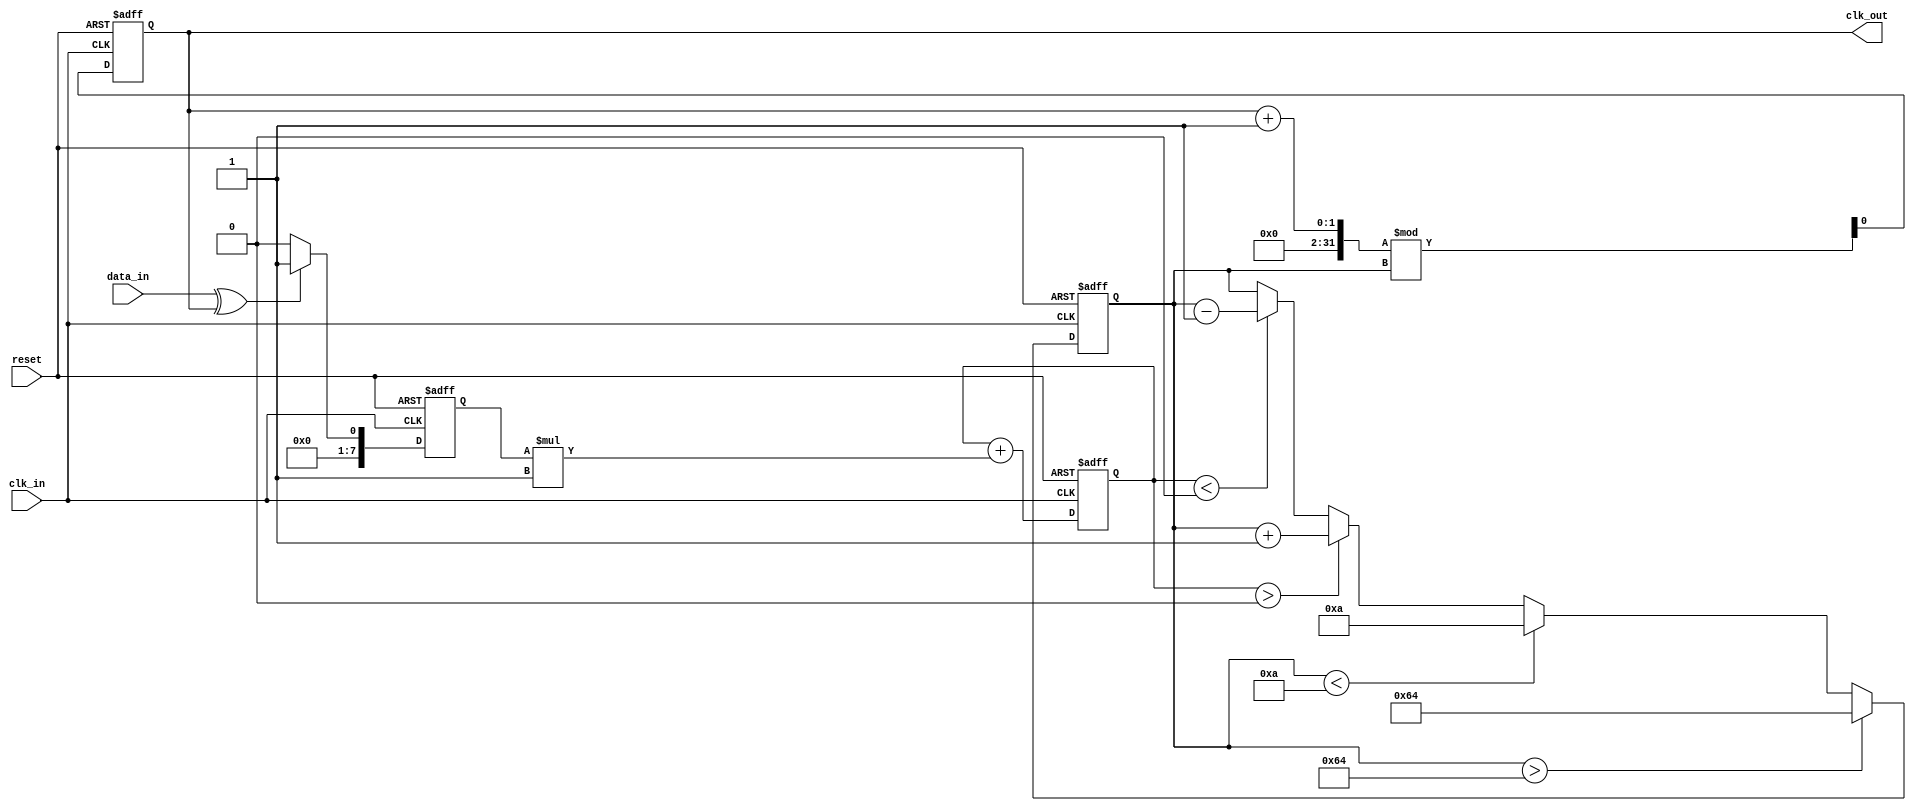
module clock_recovery_pll (
    input wire clk_in,          // Incoming data clock
    input wire data_in,         // Incoming data signal
    input wire reset,           // Asynchronous reset
    output reg clk_out          // Output clock signal
);

    // Parameters for the PLL
    parameter integer VCO_MAX_FREQ = 100; // Max frequency for VCO
    parameter integer VCO_MIN_FREQ = 10;   // Min frequency for VCO
    parameter integer LOOP_FILTER_GAIN = 1; // Gain for loop filter

    // Internal signals
    reg [7:0] phase_error;       // Phase error signal
    reg [7:0] control_voltage;    // Control voltage for VCO
    reg [7:0] vco_frequency;      // Current frequency of VCO
    reg [7:0] loop_filter_output; // Output of the loop filter

    // Phase Detector (PD)
    always @(posedge clk_in or posedge reset) begin
        if (reset) begin
            phase_error <= 0;
        end else begin
            // Simple XOR phase detector
            phase_error <= (data_in ^ clk_out) ? 1 : 0;
        end
    end

    // Loop Filter (LF)
    always @(posedge clk_in or posedge reset) begin
        if (reset) begin
            loop_filter_output <= 0;
        end else begin
            // Simple first-order filter
            loop_filter_output <= loop_filter_output + (phase_error * LOOP_FILTER_GAIN);
        end
    end

    // Voltage-Controlled Oscillator (VCO)
    always @(posedge clk_in or posedge reset) begin
        if (reset) begin
            vco_frequency <= VCO_MIN_FREQ; // Start at minimum frequency
            clk_out <= 0;
        end else begin
            // Adjust VCO frequency based on control voltage
            if (loop_filter_output > 0) begin
                vco_frequency <= vco_frequency + 1; // Increase frequency
            end else if (loop_filter_output < 0) begin
                vco_frequency <= vco_frequency - 1; // Decrease frequency
            end

            // Clamp frequency to max/min limits
            if (vco_frequency > VCO_MAX_FREQ) begin
                vco_frequency <= VCO_MAX_FREQ;
            end else if (vco_frequency < VCO_MIN_FREQ) begin
                vco_frequency <= VCO_MIN_FREQ;
            end

            // Generate output clock based on VCO frequency
            clk_out <= (clk_out + 1) % vco_frequency; // Simple clock generation
        end
    end

endmodule